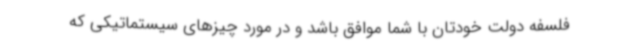
فلسفه دولت خودتان با شما موافق باشد و در مورد چیزهای سیستماتیکی که